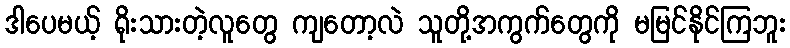
ဒါပေမယ့် ရိုးသားတဲ့လူတွေ ကျတော့လဲ သူတို့အကွက်တွေကို မမြင်နိုင်ကြဘူး